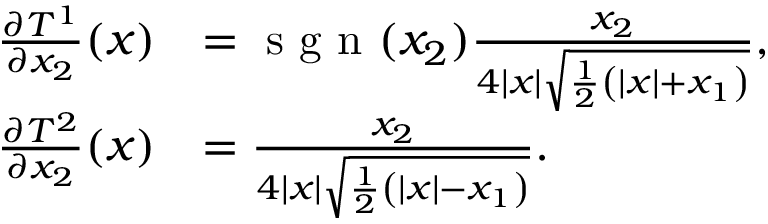
\begin{array} { r l } { \frac { \partial T ^ { 1 } } { \partial x _ { 2 } } ( x ) } & { = \textrm { s g n } ( x _ { 2 } ) \frac { x _ { 2 } } { 4 | x | \sqrt { \frac { 1 } { 2 } \left( | x | + x _ { 1 } \right) } } , } \\ { \frac { \partial T ^ { 2 } } { \partial x _ { 2 } } ( x ) } & { = \frac { x _ { 2 } } { 4 | x | \sqrt { \frac { 1 } { 2 } \left( | x | - x _ { 1 } \right) } } . } \end{array}